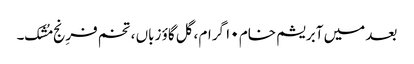
بعد میں آبریشم خام ۱۰ گرام ،گل گاؤ زباں ، تخم فرِنج مُشک۔